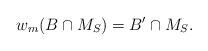
LaTeX: \begin{align*}w_m(B \cap M_S)=B' \cap M_S.\end{align*}